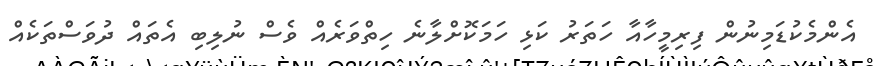
އެންމެކުޑަމިނުން ފިރިމީހާއާ ހަތަރު ކަޅި ހަމަކޮށްލާނެ ހިތްވަރެއް ވެސް ނުލިބި އެތައް ދުވަސްތަކެއް